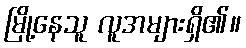
မြို့နေသူ လူအများရှိ၏။